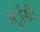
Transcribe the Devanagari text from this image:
स्ट्रॉसी